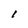
Character: I